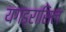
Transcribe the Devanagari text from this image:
यगड्रासिल